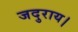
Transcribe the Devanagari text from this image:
जदुराय।